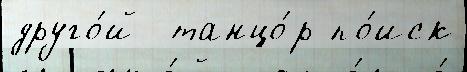
друго́й  танцо́р по́иск